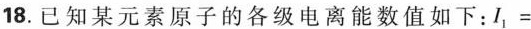
18.已知某元素原子的各级电离能数值如下：$$I _ { 1 } =